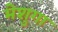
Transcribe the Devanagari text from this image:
मेशुगा